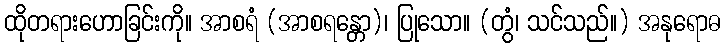
ထိုတရားဟောခြင်းကို။ အာစရံ (အာစရန္တော)၊ ပြုသော။ (တွံ၊ သင်သည်။) အနုရောဓ